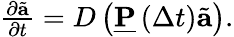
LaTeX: \begin{array}{r}{\frac{\partial\tilde{\mathbf{a}}}{\partial t}=D\left(\underline{{\mathbf{P}}}\left(\Delta t\right)\tilde{\mathbf{a}}\right).}\end{array}